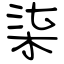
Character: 柒